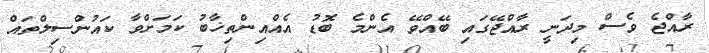
ރާއްޖެ ވެސް މިދަނީ ރާއްޖޭގައި ބޭއްވޭ އެންމެ ބޮޑު އެއްއިންތިޚާބު ކަމަށްވާ ކައުންސިލްތައް